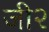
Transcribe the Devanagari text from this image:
जी२